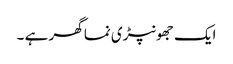
ایک جھونپڑی نما گھر ہے ۔